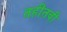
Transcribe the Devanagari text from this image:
तहीतवी